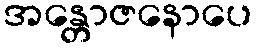
အန္တောဇနောပေ